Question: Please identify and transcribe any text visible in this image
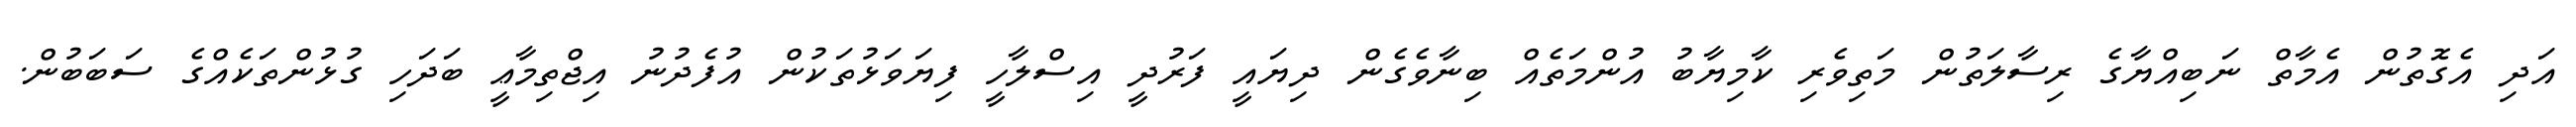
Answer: އަދި އެގޮތުން އެމާތް ނަބިއްޔާގެ ރިސާލަތުން މަތިވެރި ކާމިޔާބު އުންމަތެއް ބިނާވެގެން ދިޔައީ ފަރުދީ އިސްލާހީ ފިޔަވަޅުތަކުން އުފެދުނު އިޖްތިމާޢީ ބަދަހި ގުޅުންތަކެއްގެ ސަބަބުން.